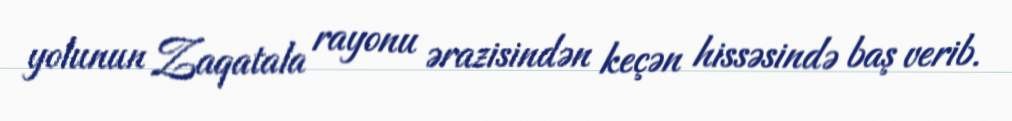
yolunun Zaqatala rayonu ərazisindən keçən hissəsində baş verib.